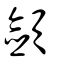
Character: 顩